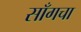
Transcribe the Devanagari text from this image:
साँगचा